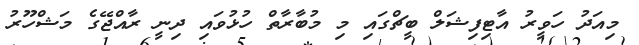
މިއަދު ހަވީރު އާޓިފިޝަލް ބީޗްގައި މި މުބާރާތް ހުޅުވައި ދިނީ ރާއްޖޭގެ މަޝްހޫރު